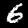
Digit: 6